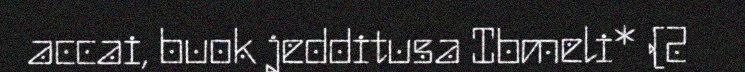
accai, buok jedditusa Ibmeli* (2